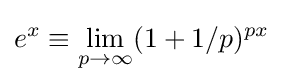
e^{x}\equiv \lim _{p\to \infty }(1+1/p)^{px}